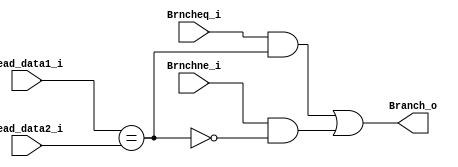
module comparator (
	input [31:0] read_data1_i, //$rs
	input [31:0] read_data2_i, //$rt
	input Brncheq_i,
	input Brnchne_i,
	output Branch_o //decide PC + 4 (0) or branch address (1), IF/ID clear
);

wire equal;

assign equal = (read_data1_i == read_data2_i);
assign Branch_o = (Brncheq_i & equal) | (Brnchne_i & ~equal);

endmodule